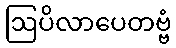
ဩပိလာပေတဗ္ဗံ